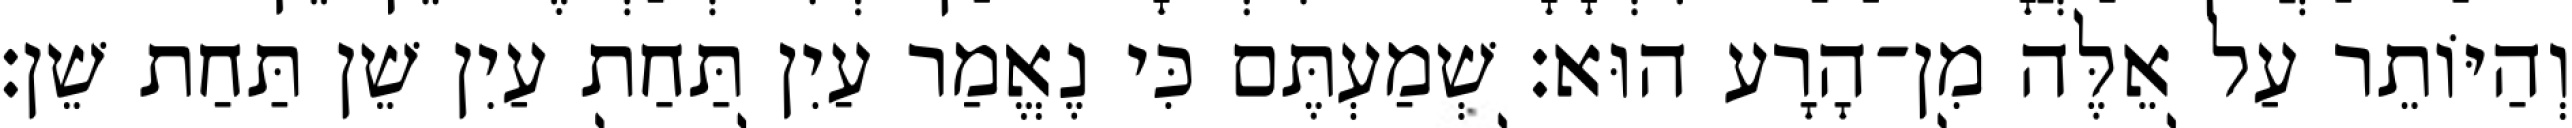
וְהַיּוֹתֵר עַל אֵלֶּה מִן־הָרָע הוּא׃ שְׁמַעְתֶּם כִּי נֶאֱמַר עַיִן תַּחַת עַיִן שֵׁן תַּחַת שֵׁן׃